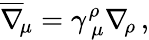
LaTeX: \overline{{\nabla}}_{\! \mu}=\gamma_{\, \mu}^{\rho}\nabla_{\! \rho}\, ,